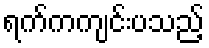
ရက်ကကျင်းပသည့်